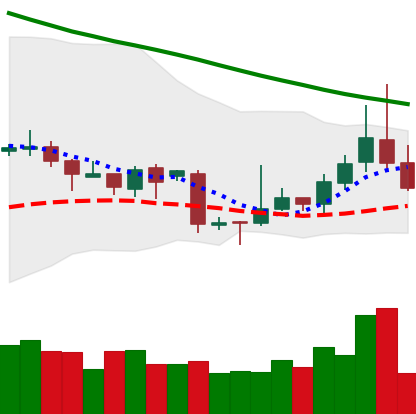
Ticker: TRX-USD
Chart end date: 2018-11-08
Forward return: -4.828%
Label: down_3_5